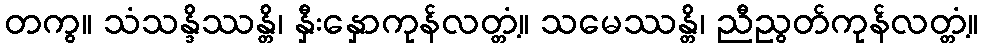
တကွ။ သံသန္ဒိဿန္တိ၊ နှီးနှောကုန်လတ္တံ့။ သမေဿန္တိ၊ ညီညွတ်ကုန်လတ္တံ့။